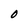
Character: O